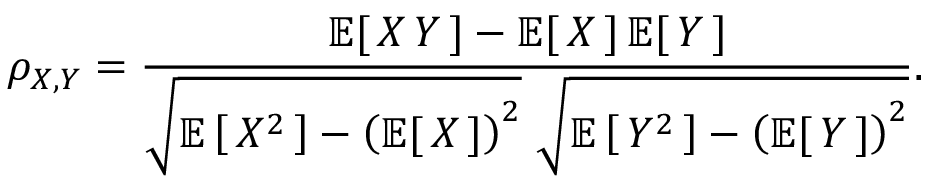
\rho _ { X , Y } = { \frac { \operatorname { \mathbb { E } } [ \, X \, Y \, ] - \operatorname { \mathbb { E } } [ \, X \, ] \operatorname { \mathbb { E } } [ \, Y \, ] } { { \sqrt { \operatorname { \mathbb { E } } \left[ \, X ^ { 2 } \, \right] - \left( \operatorname { \mathbb { E } } [ \, X \, ] \right) ^ { 2 } } } ~ { \sqrt { \operatorname { \mathbb { E } } \left[ \, Y ^ { 2 } \, \right] - \left( \operatorname { \mathbb { E } } [ \, Y \, ] \right) ^ { 2 } } } } } .